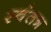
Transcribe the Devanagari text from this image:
स्‍वंतत्र